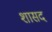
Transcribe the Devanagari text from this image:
शासद